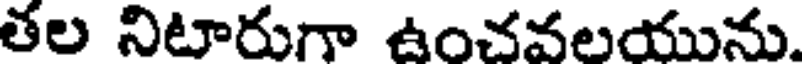
తల నిటారుగా ఉంచవలయును.